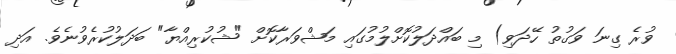
ވުރެ ގިނަ ވަގުތު ހޭދަވި) މި ބައްދަލުކޮށްލުމުގައި މަޝްވަރާކޮށް "ޝުކުރިއްޔާ" ބަދަލުކުރެވުނެވެ. އަދި